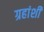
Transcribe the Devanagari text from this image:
ग्रहांशी